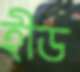
হীড